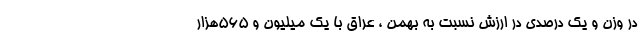
در وزن و یک درصدی در ارزش نسبت به بهمن ، عراق با یک میلیون و 565هزار